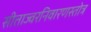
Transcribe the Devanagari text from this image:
सीताज्वरनिवारणस्तोत्र